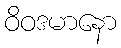
ဝိဝဒမာနော